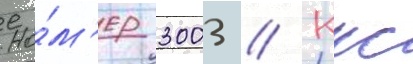
Но́м'ер 3003 // Ккс